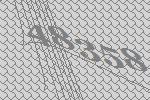
48358